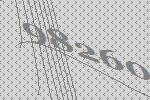
98260